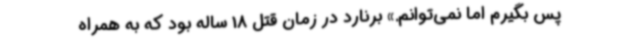
پس بگیرم اما نمی‌توانم.» برنارد در زمان قتل 18 ساله بود که به همراه